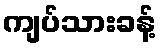
ကျပ်သားခန့်